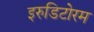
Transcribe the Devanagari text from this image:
इरुडिटोरम